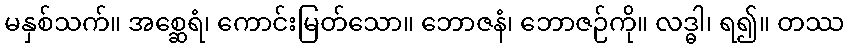
မနှစ်သက်။ အစ္ဆေရံ၊ ကောင်းမြတ်သော။ ဘောဇနံ၊ ဘောဇဉ်ကို။ လဒ္ဓါ၊ ရ၍။ တဿ